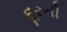
દૂરની